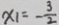
x _ { 1 } = - \frac { 3 } { 2 }